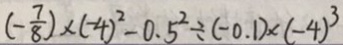
( - \frac { 7 } { 8 } ) \times ( - 4 ) ^ { 2 } - 0 . 5 ^ { 2 } \div ( - 0 . 1 ) \times ( - 4 ) ^ { 3 }